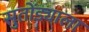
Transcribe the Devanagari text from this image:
सुतोंड्याला